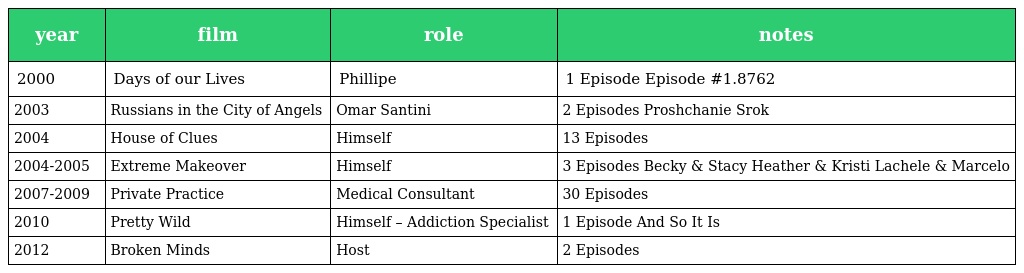
| year | film | role | notes |
 | --- | --- | --- | --- |
 | 2000 | Days of our Lives | Phillipe | 1 Episode Episode #1.8762 |
 | 2003 | Russians in the City of Angels | Omar Santini | 2 Episodes Proshchanie Srok |
 | 2004 | House of Clues | Himself | 13 Episodes |
 | 2004-2005 | Extreme Makeover | Himself | 3 Episodes Becky & Stacy Heather & Kristi Lachele & Marcelo |
 | 2007-2009 | Private Practice | Medical Consultant | 30 Episodes |
 | 2010 | Pretty Wild | Himself – Addiction Specialist | 1 Episode And So It Is |
 | 2012 | Broken Minds | Host | 2 Episodes |